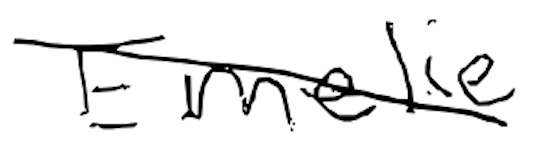
Text: Emile
Cross-out: diagonal
Writing tool: digital_black